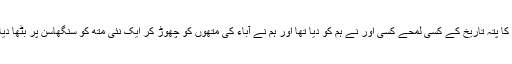
جس کا پتہ تاریخ کے کسی لمحے کسی اور نے ہم کو دیا تھا اور ہم نے آباء کی متھوں کو چھوڑ کر ایک نئی متھ کو سنگھاسن پر بٹھا دیا تھا۔